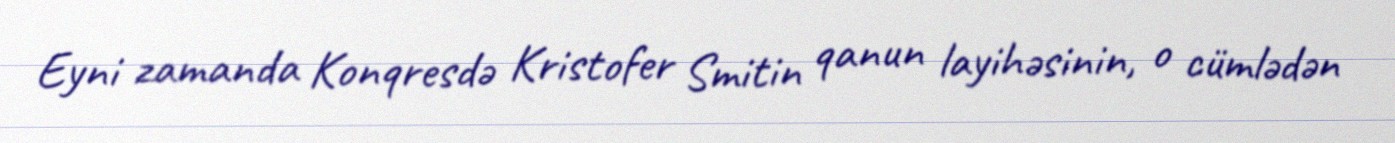
Eyni zamanda Konqresdə Kristofer Smitin qanun layihəsinin, o cümlədən